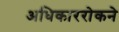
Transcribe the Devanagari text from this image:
अधिकाररोकने